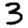
Digit: 3